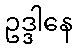
ဥဒ္ဒါနေ